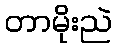
တာမိုးညဲ